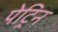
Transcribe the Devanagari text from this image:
पेट्रिन